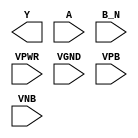
module sky130_fd_sc_ms__nor2b (
    Y   ,
    A   ,
    B_N ,
    VPWR,
    VGND,
    VPB ,
    VNB
);

    output Y   ;
    input  A   ;
    input  B_N ;
    input  VPWR;
    input  VGND;
    input  VPB ;
    input  VNB ;
endmodule